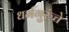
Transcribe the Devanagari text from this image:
धर्मगुरुंचे